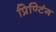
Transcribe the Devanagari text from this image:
प्रिण्टिंग